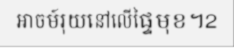
អាចម៍រុយនៅលើផ្ទៃមុខ។2